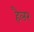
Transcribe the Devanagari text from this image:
हैलर